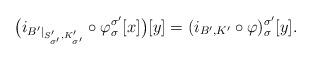
LaTeX: \begin{align*} \bigl(i_{B'|_{S'_{\sigma'},K'_{\sigma'}}} \circ \varphi_{\sigma}^{\sigma'}[x]\bigr)[y] = (i_{B',K'} \circ \varphi)_{\sigma}^{\sigma'}[y]. \end{align*}